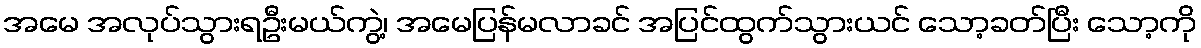
အမေ အလုပ်သွားရဦးမယ်ကွဲ့၊ အမေပြန်မလာခင် အပြင်ထွက်သွားယင် သော့ခတ်ပြီး သော့ကို